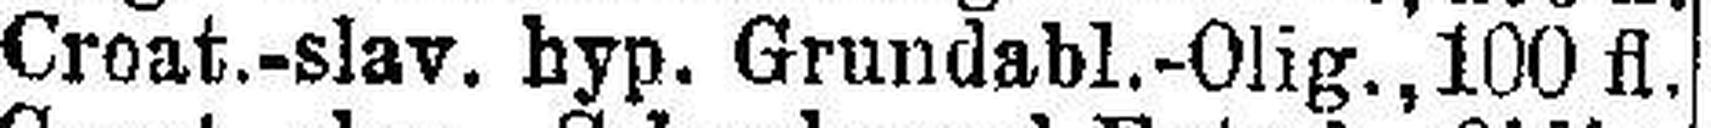
Croat.-slav. hyp. Grundabl.-Olig.,100fl.